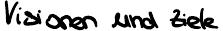
Visionen und Ziele